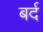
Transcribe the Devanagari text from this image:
बर्द